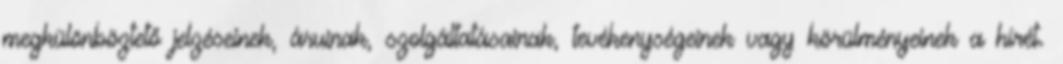
megkülönböztető jelzéseinek, áruinak, szolgáltatásainak, tevékenységeinek vagy körülményeinek a hírét.